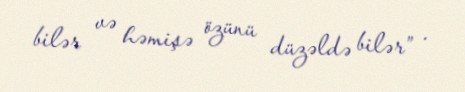
bilər və həmişə özünü düzəldə bilər” .